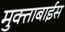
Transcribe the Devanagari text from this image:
मुक्ताबाईस